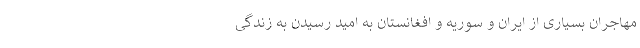
مهاجران بسیاری از ایران و سوریه و افغانستان به امید رسیدن به زندگی